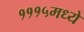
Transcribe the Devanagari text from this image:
१११५मध्ये